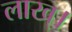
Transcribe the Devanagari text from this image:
लाख्।